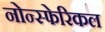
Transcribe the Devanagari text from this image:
नोन्स्फेरिकल